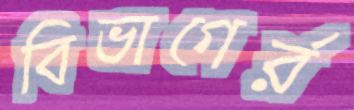
বিভাগের্র